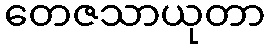
တေဇသာယုတာ